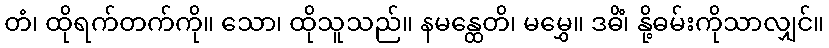
တံ၊ ထိုရက်တက်ကို။ သော၊ ထိုသူသည်။ နမန္ထေတိ၊ မမွှေ။ ဒဓိံ၊ နို့ဓမ်းကိုသာလျှင်။